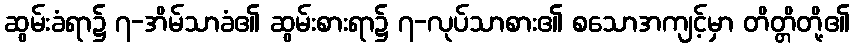
ဆွမ်းခံရာ၌ ၇-အိမ်သာခံ၏ ဆွမ်းစားရာ၌ ၇-လုပ်သာစား၏ စသောအကျင့်မှာ တိတ္တိတို့၏